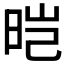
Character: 𬀱